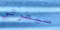
سيطرتي